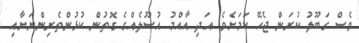
ވެސް ގަބޫލު ކުރަން ޖެހޭ ކަމަށެވެ. އަދި އާއްމު އުސޫލެއްގެ ގޮތުން ކުޅުންތެރިންނަށާއި